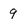
Character: 9